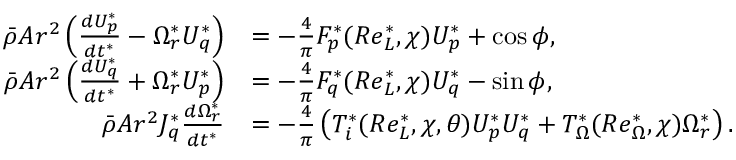
\begin{array} { r l } { \bar { \rho } A r ^ { 2 } \left( \frac { d U _ { p } ^ { * } } { d t ^ { * } } - \Omega _ { r } ^ { * } U _ { q } ^ { * } \right) } & { = - \frac { 4 } { \pi } F _ { p } ^ { * } ( R e _ { L } ^ { * } , \chi ) U _ { p } ^ { * } + \cos \phi , } \\ { \bar { \rho } A r ^ { 2 } \left( \frac { d U _ { q } ^ { * } } { d t ^ { * } } + \Omega _ { r } ^ { * } U _ { p } ^ { * } \right) } & { = - \frac { 4 } { \pi } F _ { q } ^ { * } ( R e _ { L } ^ { * } , \chi ) U _ { q } ^ { * } - \sin \phi , } \\ { \bar { \rho } A r ^ { 2 } J _ { q } ^ { * } \frac { d \Omega _ { r } ^ { * } } { d t ^ { * } } } & { = - \frac { 4 } { \pi } \left( T _ { i } ^ { * } ( R e _ { L } ^ { * } , \chi , \theta ) U _ { p } ^ { * } U _ { q } ^ { * } + T _ { \Omega } ^ { * } ( R e _ { \Omega } ^ { * } , \chi ) \Omega _ { r } ^ { * } \right) . } \end{array}